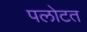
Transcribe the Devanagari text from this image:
पलोटत